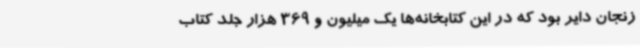
زنجان دایر بود که در این کتابخانه‌ها یک میلیون و 369 هزار جلد کتاب